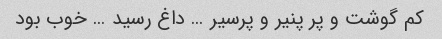
کم گوشت و پر پنیر و پرسیر … داغ رسید … خوب بود